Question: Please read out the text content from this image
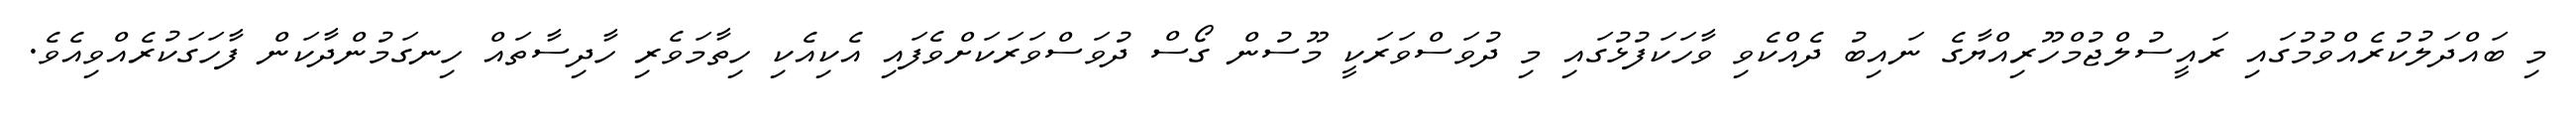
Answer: މި ބައްދަލުކުރެއްވުމުގައި ރައީސުލްޖުމްހޫރިއްޔާގެ ނައިބު ދެއްކެވި ވާހަކަފުޅުގައި މި ދުވަސްވަރަކީ މޫސުން ގޯސް ދުވަސްވަރަކަށްވެފައި އެކިއެކި ހިތާމަވެރި ހާދިސާތައް ހިނގަމުންދާކަން ފާހަގަކުރެއްވިއެވެ.